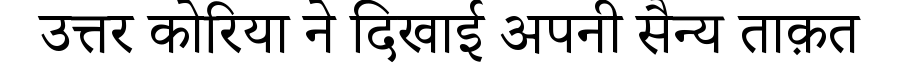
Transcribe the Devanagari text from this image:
उत्तर कोरिया ने दिखाई अपनी सैन्य ताक़त